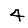
Digit: 4